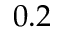
0 . 2